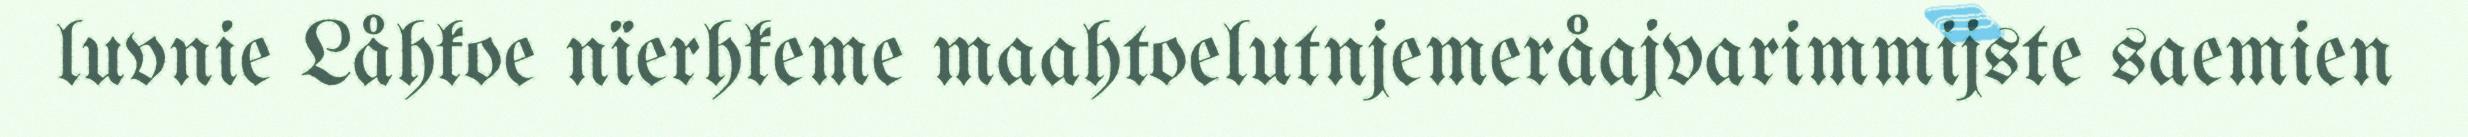
luvnie Låhkoe nïerhkeme maahtoelutnjemeråajvarimmijste saemien